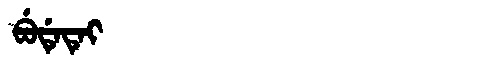
Manchu: ᠪᡠᡩᡝᡨᡝᡳ
Romanization: BUDETEI